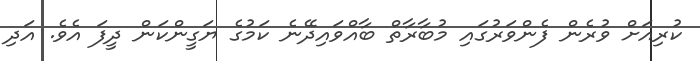
ކުރިއަށް ވުރެން ފެންވަރުގައި މުބާރާތް ބާއްވައިދޭނެ ކަމުގެ ޔަގީންކަން ދީފަ އެވެ. އަދި